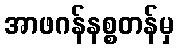
အာဖဂန်နစ္စတန်မှ